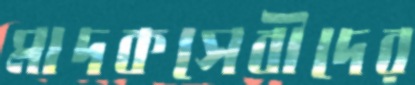
মাদকসেবীদের